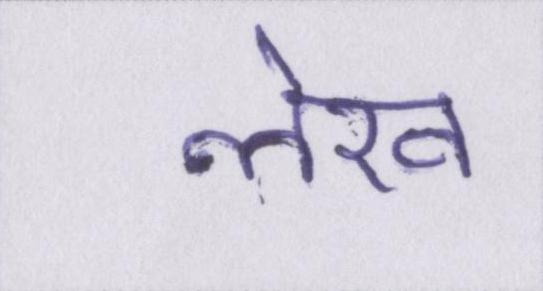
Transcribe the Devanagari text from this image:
लेख